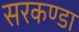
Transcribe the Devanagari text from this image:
सरकण्डा